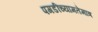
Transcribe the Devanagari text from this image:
पगडींच्यामतेमात्र